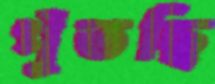
পুঁতছি